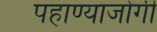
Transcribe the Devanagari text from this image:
पहाण्याजोगी